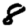
Digit: 8